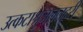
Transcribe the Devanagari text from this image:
उत्कटाश्रुजललहरी